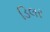
ડિલર